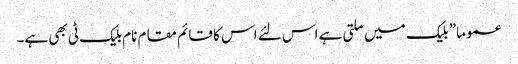
عموما” بلیک میں ملتی ہے اس لئے اس کا قائم مقام نام بلیک ٹی بھی ہے۔